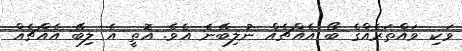
ވަކި ވައްތަރެއްގެ ބޯ އެއްޗެއް ނުލިބޭނެ އެވެ. އޮތީ އެ ލިބޭ އެއްޗެއް